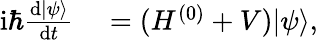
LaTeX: \begin{array}{rl}{\mathrm{i}\hbar\frac{\mathrm{d}|\psi\rangle}{\mathrm{d}t}}&{{}=(H^{(0)}+V)|\psi\rangle,}\end{array}